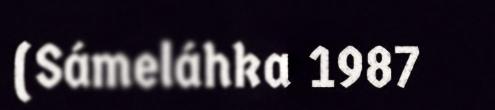
(Sámeláhka 1987